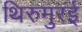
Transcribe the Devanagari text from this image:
थिरुमुरई